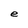
Character: e